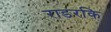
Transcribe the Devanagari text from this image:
राडरकि